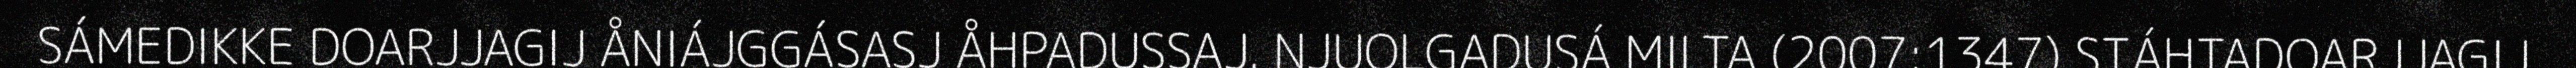
SÁMEDIKKE DOARJJAGIJ ÅNIÁJGGÁSASJ ÅHPADUSSAJ. NJUOLGADUSÁ MILTA (2007:1347) STÁHTADOARJJAGIJ